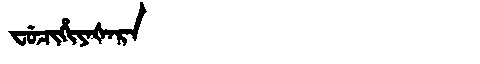
Manchu: ᠸᡠᠴᡳᡥᡳᠶᠠᡧᠠᡵᠠ
Romanization: FUCIHIYAŠARA